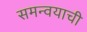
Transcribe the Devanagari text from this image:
समन्वयाची